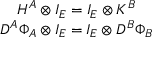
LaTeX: \begin{array} { c } { { H ^ { A } \otimes I _ { E } = I _ { E } \otimes K ^ { B } } } \\ { { D ^ { A } \Phi _ { A } \otimes I _ { E } = I _ { E } \otimes D ^ { B } \Phi _ { B } } } \end{array}